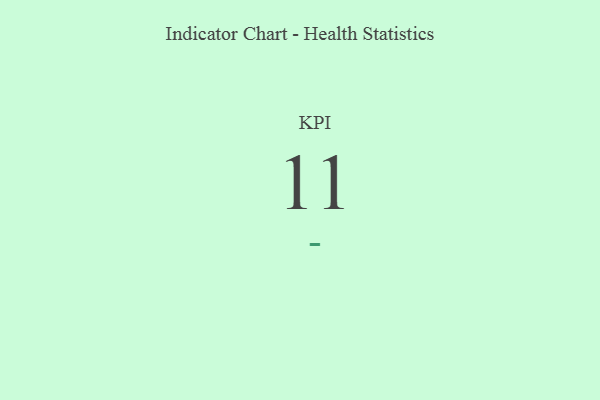
{"axis": {"x": "KPI", "y": "Value"}, "legend": [""], "data": [{"x": "KPI", "y": 11, "type": ""}]}